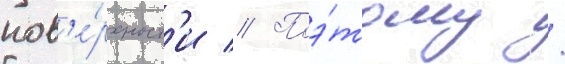
пов'е́рхност'и // Поэ́тому /